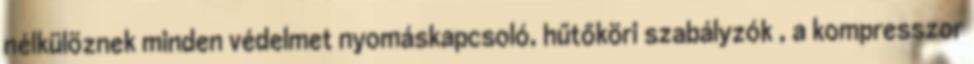
nélkülöznek minden védelmet nyomáskapcsoló, hűtőköri szabályzók , a kompresszor